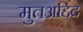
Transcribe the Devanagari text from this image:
मुतअद्दिद